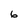
Character: 6